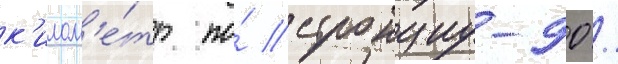
к'илом'е́тр по́ стронциу-90 /